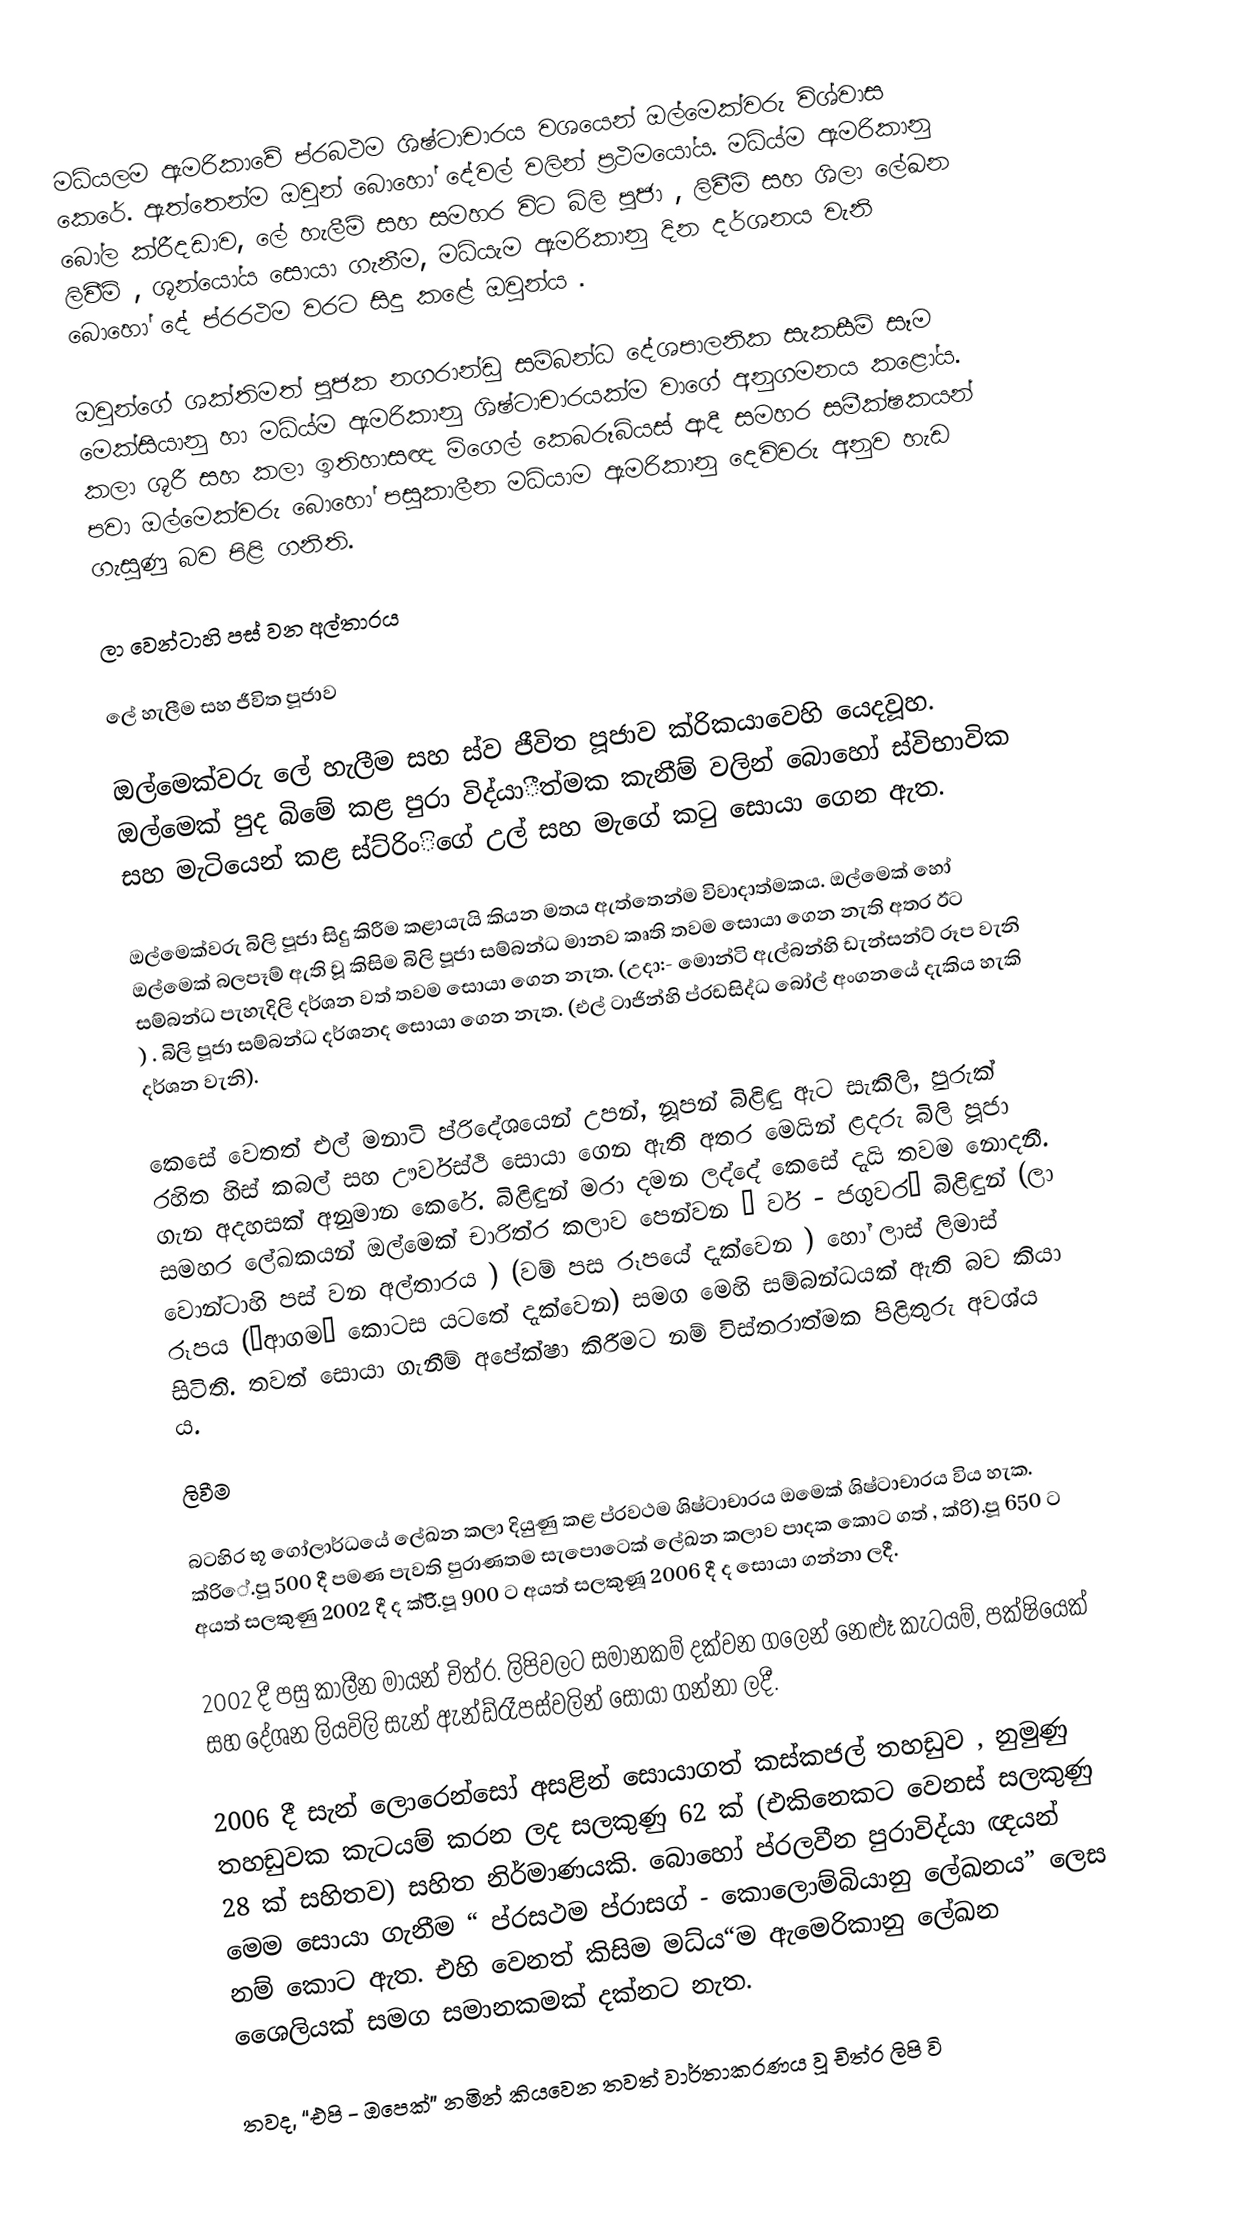
මධ්යලම  ඇමරිකාවේ ප්රබථම ශිෂ්ටාචාරය වශයෙන් ඔල්මෙක්වරු විශ්වාස කෙරේ. ඇත්තෙන්ම ඔවුන් බොහෝ දේවල් වලින් ප්‍රථමයෝය. මධ්ය්ම ඇමරිකානු බෝල ක්රීදඩාව, ලේ හැලීම් සහ සමහර විට බිලි පූජා , ලිවීම් සහ ශිලා ලේඛන ලිවීම් , ශූන්යෝය සොයා ගැනීම, මධ්යැම ඇමරිකානු දින දර්ශනය වැනි බොහෝ දේ ප්රරථම වරට සිදු කළේ ඔවුන්ය .

ඔවුන්ගේ ශක්තිමත් පූජක නගරාන්ඩු සම්බන්ධ දේශපාලනික සැකසීම් සෑම මෙක්සියානු හා මධ්ය්ම ඇමරිකානු ශිෂ්ටාචාරයක්ම වාගේ අනුගමනය කළෝය. කලා ශූරී සහ කලා ඉතිහාසඥ මිගෙල් කෙබරූබියස් ආදී සමහර සමීක්ෂකයන් පවා ඔල්මෙක්වරු බොහෝ පසුකාලීන මධ්යාම ඇමරිකානු දෙවිවරු අනුව හැඩ ගැසුණු බව පිළි ගනිති.

ලා වෙන්ටාහි පස් වන අල්තාරය

ලේ හැලීම සහ ජීවිත පූජාව

ඔල්මෙක්වරු ලේ හැලීම සහ ස්ව ජීවිත පූජාව ක්රිකයාවෙහි යෙදවූහ. ඔල්මෙක් පුද බිමේ කළ පුරා විද්යාීත්මක කැනීම් වලින් බොහෝ ස්විභාවික සහ මැටියෙන් කළ ස්ට්රිංිගේ උල් සහ මැගේ කටු සොයා ගෙන ඇත.

ඔල්මෙක්වරු බිලි පූජා සිදු කිරීම කළායැයි කියන මතය ඇත්තෙන්ම විවාදාත්මකය. ඔල්මෙක් හෝ ඔල්මෙක් බලපෑම් ඇති වූ කිසිම බිලි පූජා සම්බන්ධ මානව කෘති තවම සොයා‍ ගෙන නැති අතර ඊට සම්බන්ධ පැහැදිලි දර්ශන වත් තවම සොයා ගෙන නැත. (උදා:- මොන්ටි ඇල්බන්හි ඩැන්සන්ට් රූප වැනි ) . බිලි පූජා සම්බන්ධ දර්ශනද ‍සොයා ගෙන නැත. (එල් ටාජින්හි ප්රඩසිද්ධ බෝල් අංගනයේ දැකිය හැකි දර්ශන වැනි).

කෙසේ වෙතත් එල් මනාටි ප්රිදේශයෙන් උපන්, නූපන් බිළිඳු ඇට සැකිලි, පුරුක් රහිත හිස් කබල් සහ ඌර්වස්ථි සොයා ගෙන ඇති අතර මෙයින් ළදරු බිලි පූජා ගැන අදහසක් අනුමාන කෙරේ. බිළිඳුන් මරා දමන ලද්දේ කෙසේ දැයි තවම නොදනී. සමහර ලේඛකයන් ඔල්මෙක් චාරිත්ර  කලාව පෙන්වන “ වර් - ජගුවර” බිළිඳුන් (ලා වොන්ටාහි පස් වන අල්තාරය ) (වම් පස රූපයේ දැක්වෙන ) හෝ ලාස් ලිමාස් රූපය (“ආගම” කොටස යටතේ දැක්වෙන) සමග මෙහි සම්බන්ධයක් ඇති බව කියා සිටිති. තවත් සොයා ගැනීම් අපේක්ෂා කිරීමට නම් විස්තරාත්මක පිළිතුරු අවශ්ය ය.

ලිවීම

බටහිර භූ ගෝලාර්ධයේ ලේඛන කලා දියුණු කළ ප්රවථම ශිෂ්ටාචාරය ඔමෙක් ශිෂ්ටාචාරය විය හැක. ක්රිේ.පූ 500 දී පමණ පැවති පුරාණතම සැපොටෙක් ලේඛන කලාව පාදක කොට ගත් , ක්රි).පූ 650 ට අයත් සලකුණු 2002 දී ද ක්රිි.පූ 900 ට අයත් සලකුණූ 2006 දී ද සොයා ගන්නා ලදී.

2002 දී පසු කාලීන මායන් චිත්ර. ලිපිවලට සමානකම් දක්වන ගලෙන් නෙළූ කැටයම්, පක්ෂියෙක් සහ දේශන ලියවිලි සැන් ඇන්ඩ්රෑපස්වලින් සොයා ගන්නා ලදී.

2006 දී සැන් ලොරෙන්සෝ අසළින් සොයාගත් කස්කජල් තහඩුව , නුමුණු තහඩුවක කැටයම් කරන ලද සලකුණු 62 ක් (එකිනෙකට වෙනස් සලකුණු 28 ක් සහිතව) සහිත නිර්මාණයකි. බොහෝ ප්රලවීන පුරාවිද්යා ඥයන් මෙම සොයා ගැනීම “ ප්රසථම ප්රාසග් - කොලොම්බියානු ලේඛනය” ලෙස නම් කොට ඇත. එහි වෙනත් කිසිම මධ්ය“ම ඇමෙරිකානු ලේඛන ශෛලියක් සමග සමානකමක් දක්නට නැත.

තවද, “එපි - ඔපෙක්” නමින් කියවෙන තවත් වාර්තාකරණය වූ චිත්ර  ලිපි වි